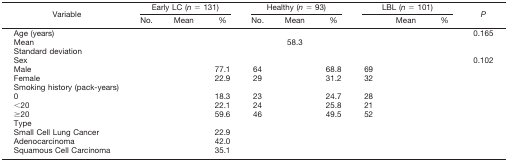
<table><thead><tr><td rowspan="2"><b>Variable</b></td><td colspan="3"><b>Early LC (<i>n</i> = 131)</b></td><td colspan="3"><b>Healthy (<i>n</i> = 93)</b></td><td colspan="3"><b>LBL (<i>n</i> = 101)</b></td><td rowspan="2"><b><i>P</i></b></td></tr><tr><td><b>No.</b></td><td><b>Mean</b></td><td><b>%</b></td><td><b>No.</b></td><td><b>Mean</b></td><td><b>%</b></td><td>[EMPTY_CELL]</td><td><b>Mean</b></td><td><b>%</b></td></tr></thead><tbody><tr><td>Age (years)</td><td>[EMPTY_CELL]</td><td>[EMPTY_CELL]</td><td>[EMPTY_CELL]</td><td>[EMPTY_CELL]</td><td>[EMPTY_CELL]</td><td>[EMPTY_CELL]</td><td>[EMPTY_CELL]</td><td>[EMPTY_CELL]</td><td>[EMPTY_CELL]</td><td>0.165</td></tr><tr><td>Mean</td><td>[EMPTY_CELL]</td><td>[EMPTY_CELL]</td><td>[EMPTY_CELL]</td><td>[EMPTY_CELL]</td><td>58.3</td><td>[EMPTY_CELL]</td><td>[EMPTY_CELL]</td><td>[EMPTY_CELL]</td><td>[EMPTY_CELL]</td><td>[EMPTY_CELL]</td></tr><tr><td>Standard deviation</td><td>[EMPTY_CELL]</td><td>[EMPTY_CELL]</td><td>[EMPTY_CELL]</td><td>[EMPTY_CELL]</td><td>[EMPTY_CELL]</td><td>[EMPTY_CELL]</td><td>[EMPTY_CELL]</td><td>[EMPTY_CELL]</td><td>[EMPTY_CELL]</td><td>[EMPTY_CELL]</td></tr><tr><td>Sex</td><td>[EMPTY_CELL]</td><td>[EMPTY_CELL]</td><td>[EMPTY_CELL]</td><td>[EMPTY_CELL]</td><td>[EMPTY_CELL]</td><td>[EMPTY_CELL]</td><td>[EMPTY_CELL]</td><td>[EMPTY_CELL]</td><td>[EMPTY_CELL]</td><td>0.102</td></tr><tr><td>Male</td><td>[EMPTY_CELL]</td><td>[EMPTY_CELL]</td><td>77.1</td><td>64</td><td>[EMPTY_CELL]</td><td>68.8</td><td>69</td><td>[EMPTY_CELL]</td><td>[EMPTY_CELL]</td><td>[EMPTY_CELL]</td></tr><tr><td>Female</td><td>[EMPTY_CELL]</td><td>[EMPTY_CELL]</td><td>22.9</td><td>29</td><td>[EMPTY_CELL]</td><td>31.2</td><td>32</td><td>[EMPTY_CELL]</td><td>[EMPTY_CELL]</td><td>[EMPTY_CELL]</td></tr><tr><td>Smoking history (pack-years)</td><td>[EMPTY_CELL]</td><td>[EMPTY_CELL]</td><td>[EMPTY_CELL]</td><td>[EMPTY_CELL]</td><td>[EMPTY_CELL]</td><td>[EMPTY_CELL]</td><td>[EMPTY_CELL]</td><td>[EMPTY_CELL]</td><td>[EMPTY_CELL]</td><td>[EMPTY_CELL]</td></tr><tr><td>0</td><td>[EMPTY_CELL]</td><td>[EMPTY_CELL]</td><td>18.3</td><td>23</td><td>[EMPTY_CELL]</td><td>24.7</td><td>28</td><td>[EMPTY_CELL]</td><td>[EMPTY_CELL]</td><td>[EMPTY_CELL]</td></tr><tr><td>&lt;20</td><td>[EMPTY_CELL]</td><td>[EMPTY_CELL]</td><td>22.1</td><td>24</td><td>[EMPTY_CELL]</td><td>25.8</td><td>21</td><td>[EMPTY_CELL]</td><td>[EMPTY_CELL]</td><td>[EMPTY_CELL]</td></tr><tr><td>≥20</td><td>[EMPTY_CELL]</td><td>[EMPTY_CELL]</td><td>59.6</td><td>46</td><td>[EMPTY_CELL]</td><td>49.5</td><td>52</td><td>[EMPTY_CELL]</td><td>[EMPTY_CELL]</td><td>[EMPTY_CELL]</td></tr><tr><td>Type</td><td>[EMPTY_CELL]</td><td>[EMPTY_CELL]</td><td>[EMPTY_CELL]</td><td>[EMPTY_CELL]</td><td>[EMPTY_CELL]</td><td>[EMPTY_CELL]</td><td>[EMPTY_CELL]</td><td>[EMPTY_CELL]</td><td>[EMPTY_CELL]</td><td>[EMPTY_CELL]</td></tr><tr><td>Small Cell Lung Cancer</td><td>[EMPTY_CELL]</td><td>[EMPTY_CELL]</td><td>22.9</td><td>[EMPTY_CELL]</td><td>[EMPTY_CELL]</td><td>[EMPTY_CELL]</td><td>[EMPTY_CELL]</td><td>[EMPTY_CELL]</td><td>[EMPTY_CELL]</td><td>[EMPTY_CELL]</td></tr><tr><td>Adenocarcinoma</td><td>[EMPTY_CELL]</td><td>[EMPTY_CELL]</td><td>42.0</td><td>[EMPTY_CELL]</td><td>[EMPTY_CELL]</td><td>[EMPTY_CELL]</td><td>[EMPTY_CELL]</td><td>[EMPTY_CELL]</td><td>[EMPTY_CELL]</td><td>[EMPTY_CELL]</td></tr><tr><td>Squamous Cell Carcinoma</td><td>[EMPTY_CELL]</td><td>[EMPTY_CELL]</td><td>35.1</td><td>[EMPTY_CELL]</td><td>[EMPTY_CELL]</td><td>[EMPTY_CELL]</td><td>[EMPTY_CELL]</td><td>[EMPTY_CELL]</td><td>[EMPTY_CELL]</td><td>[EMPTY_CELL]</td></tr></tbody></table>